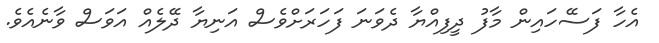
އެހާ ފަސޭހައިން މާފު ދީފިއްޔާ ދެވަނަ ފަހަރަށްވެސް އަނިޔާ ދޭލެއް އަވަސް ވާނެއެވެ.